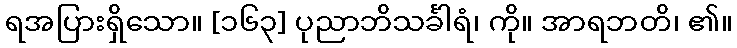
ရအပြားရှိသော။ [၁၆၃] ပုညာဘိသင်္ခါရံ၊ ကို။ အာရဘတိ၊ ၏။